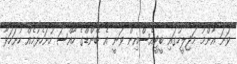
ވަނަ އާންމު މަޖިލީހުގައި ބީޓީއެސްއިން ވަނީ އެ ބޭންޑްގެ ހާއްސަ ހުށަހެޅުމެއް ހުށަހަޅާ